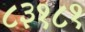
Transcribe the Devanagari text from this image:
८३१८१